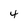
Character: 4